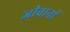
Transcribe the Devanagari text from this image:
जीवानां